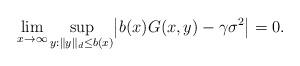
LaTeX: \begin{align*} \lim_{x \to \infty} \sup_{y: \| y \|_d \leq b(x) } \bigl|b(x) G(x,y) - \gamma \sigma^2 \bigr| = 0 .\end{align*}